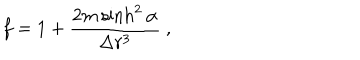
LaTeX: f = 1 + \frac { 2 m \sinh ^ { 2 } \alpha } { \Delta r ^ { 3 } } \ ,